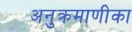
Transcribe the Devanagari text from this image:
अनुक्रमाणीका